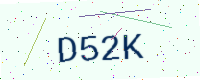
Text: D52K